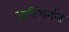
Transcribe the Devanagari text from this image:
जातिधर्मात